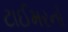
ટાઈમરનો